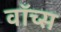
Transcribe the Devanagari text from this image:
वॉच्स